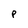
Character: P